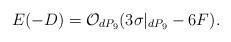
LaTeX: \begin{align*}E(-D)={\cal O}_{dP_9}(3 \sigma|_{dP_9} -6F).\end{align*}